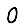
Digit: 0